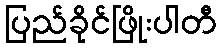
ပြည်ခိုင်ဖြိုးပါတီ